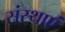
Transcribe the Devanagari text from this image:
संस्थाएं